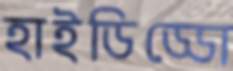
হাইডিড্ডো